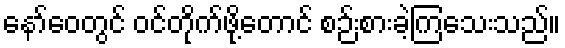
နော်ဝေတွင် ဝင်တိုက်ဖို့တောင် စဉ်းစားခဲ့ကြသေးသည်။